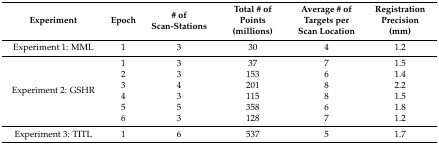
| Experiment | Epoch | # of Scan-Stations | Total # of Points (millions) | Average # of Targets per Scan Location | Registration Precision (mm) |
 | --- | --- | --- | --- | --- | --- |
 | Experiment 1: MML | 1 | 3 | 30 | 4 | 1.2 |
 | <ROWSPAN=6> Experiment 2: GSHR | 1 | 3 | 37 | 7 | 1.5 |
 | 2 | 3 | 153 | 6 | 1.4 |
 | 3 | 4 | 201 | 8 | 2.2 |
 | 4 | 3 | 115 | 8 | 1.5 |
 | 5 | 5 | 358 | 6 | 1.8 |
 | 6 | 3 | 128 | 7 | 1.2 |
 | Experiment 3: TITL | 1 | 6 | 537 | 5 | 1.7 |